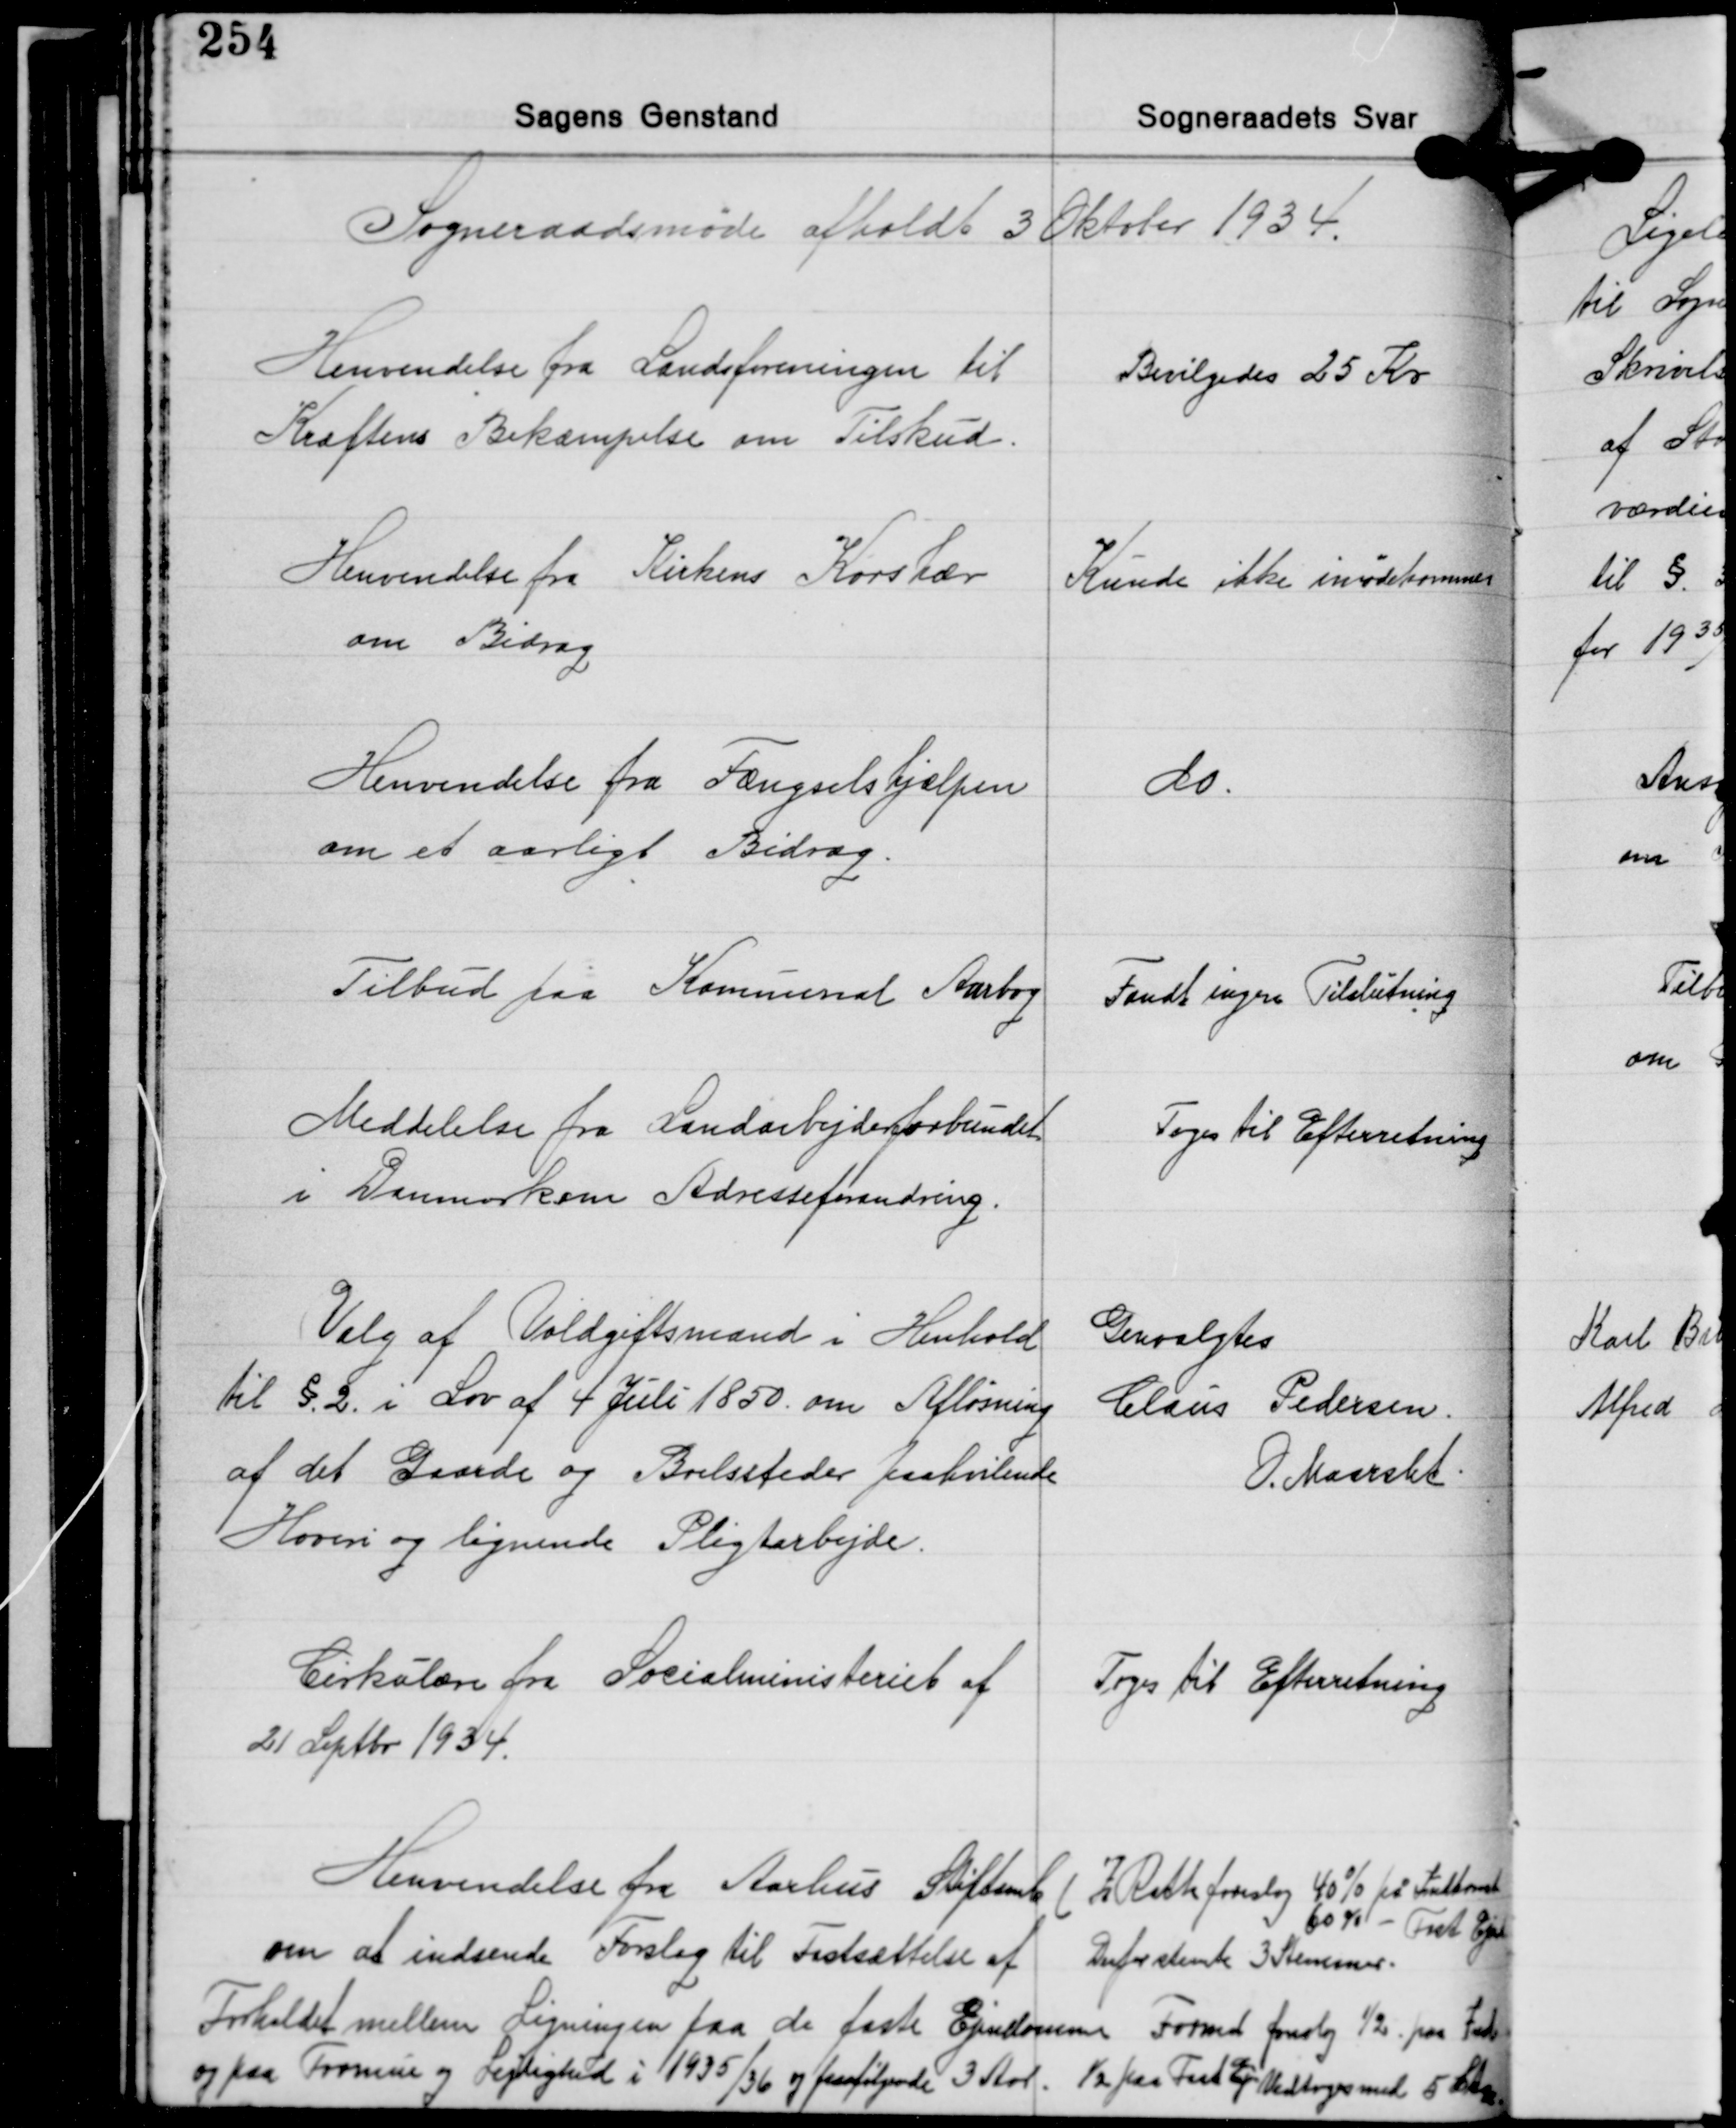
Transskription:
Sogneraadsmøde afholdt 3 Oktober 1934.

Henvendelse fra Landsforeningen til
Kræftens Bekæmpelse om Tilskud.

Bevilgedes 25 Kr.

Henvendelse fra Kirkens Korshær
om Bidrag

Kunde ikke inødekommes

Henvendelse fra Fængselshjælpen
om et aarligt Bidrag.

do.

Tilbud paa Kommunal Aarbog

Fandt ingen Tilslutning

Meddelelse fra Landarbejderforbundet
i Danmark om Adresseforandring.

Toges til Efterretning

Valg af Voldgiftsmænd i Henhold
til § 2 i Lov af 4 Juli 1850. om Afløsning
af det Gaarde og Boelssteder paahvilende
Hoveri og lignende Pligtarbejde.

Genvalgtes
Claus Pedersen
O. Maarslet.

Cirkulære fra Socialministeriet af
21 Septbr. 1934.

Toges til Efterretning

Henvendelse fra Aarhus Stiftamt
om at indsende Forslag til Fastsættelse af
Forholdet mellem Ligningen paa de faste Ejendomme
og paa Formue og Lejlighed i 1935/36 og paafølgende 3 Aar.

2Z. Rath foreslog 40% på Indkomst
60% - Fast Ejendom
Derfor stemte 3 Stemmer.
Formd. foreslog ½ paa Indk.
½ paa Fast Ejend. Vedtoges med 5 Stemmer.